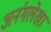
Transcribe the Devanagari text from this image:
अनंगलेखा